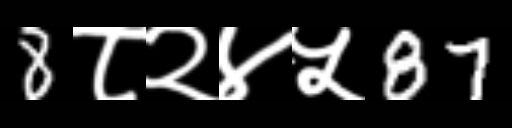
Text: 8८२४५87